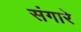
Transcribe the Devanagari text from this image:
संगारे